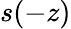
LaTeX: s(-z)